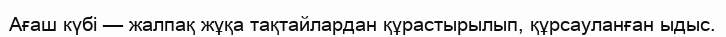
Ағаш күбі — жалпақ жұқа тақтайлардан құрастырылып, құрсауланған ыдыс.